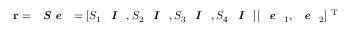
\mathbf { r } = \textbf { \textit { S e } } = [ S _ { 1 } \textbf { \textit { I } } , S _ { 2 } \textbf { \textit { I } } , S _ { 3 } \textbf { \textit { I } } , S _ { 4 } \textbf { \textit { I } } ] [ \textbf { \textit { e } } _ { 1 } , \textbf { \textit { e } } _ { 2 } ] ^ { \mathrm { ~ T ~ } }